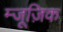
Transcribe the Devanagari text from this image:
म्जूज़िक